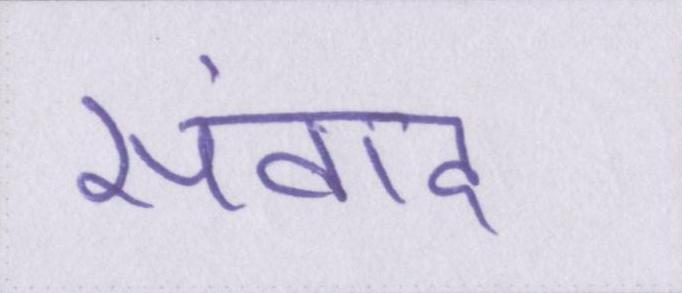
संवाद